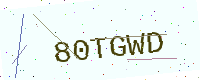
Text: 80TGWD